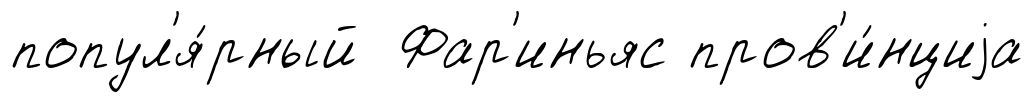
попул'я́рный Фар'иньяс пров'и́нциjа